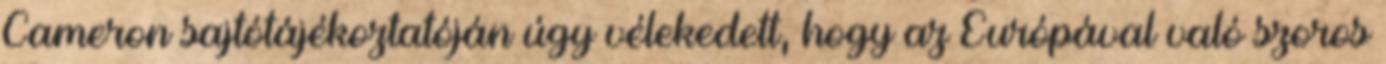
Cameron sajtótájékoztatóján úgy vélekedett, hogy az Európával való szoros